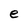
Character: e